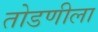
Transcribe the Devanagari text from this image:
तोडणीला